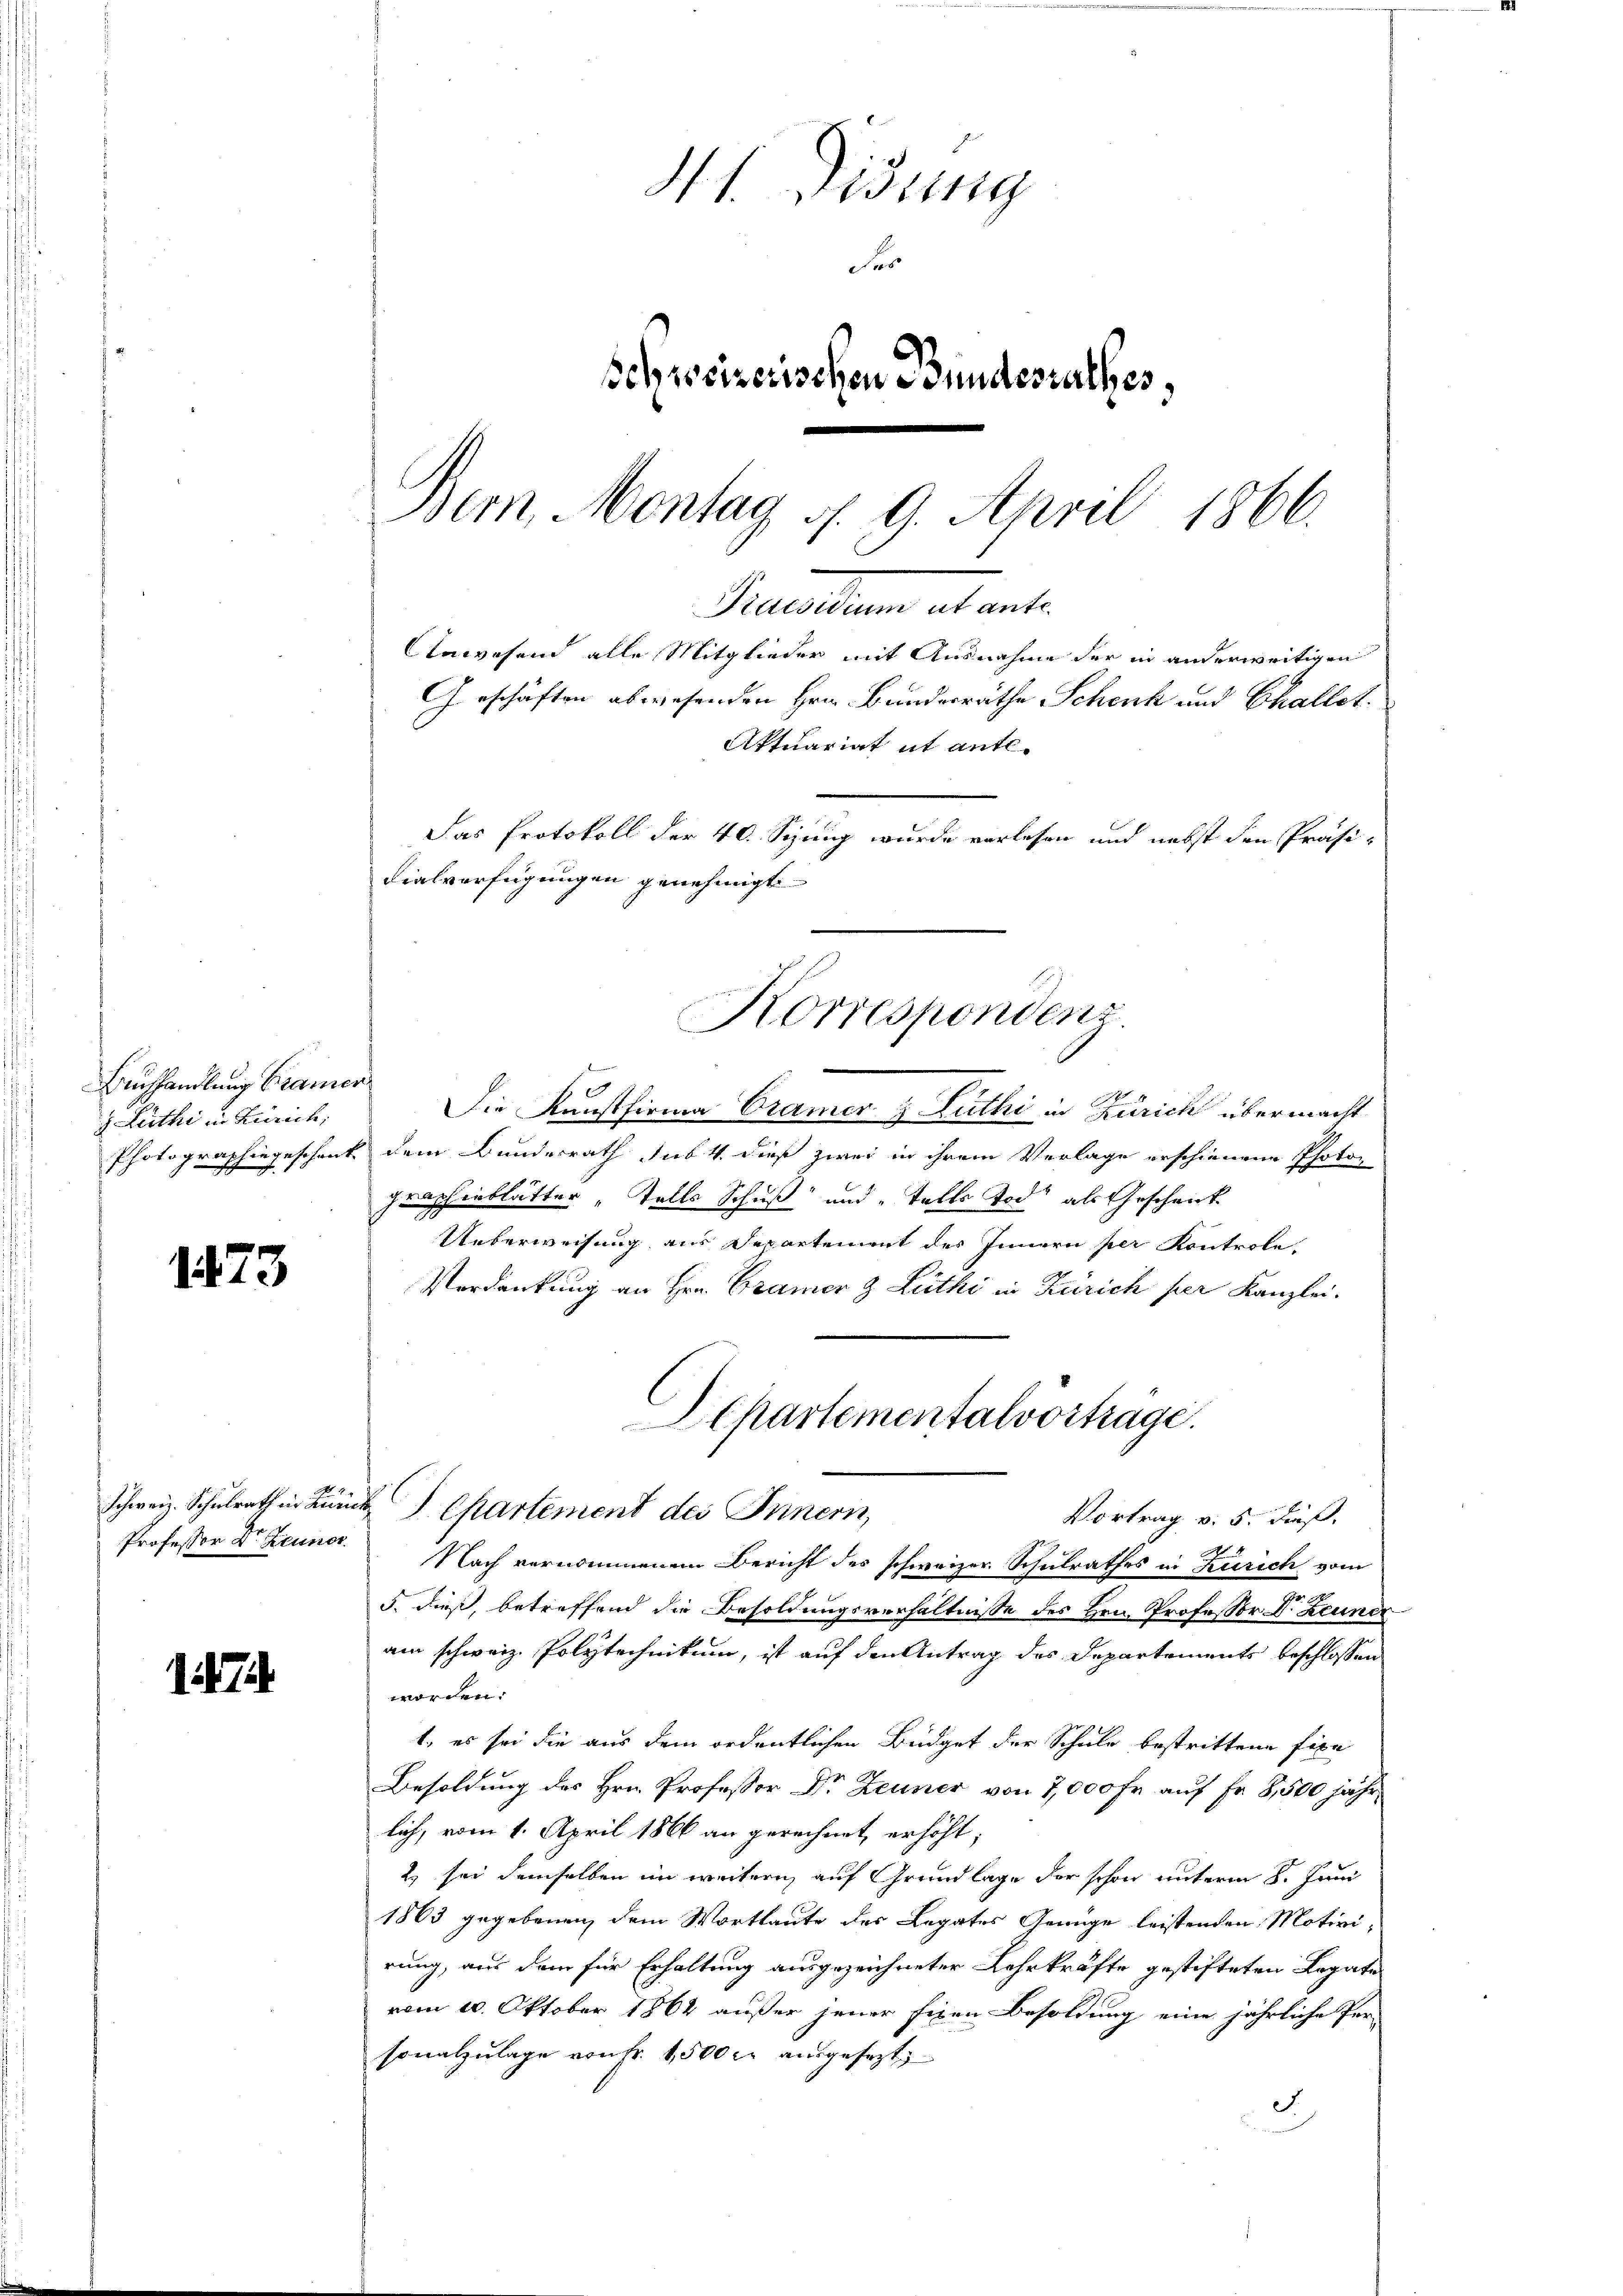
Buchhandlung Brann
 Luthe in Zürich,
Photographie geschent

1473

Schweiz. Schulrath in Ku
Professor Dr Zeuner

H. H. Visung
Fer
schweizerischen Bundesrathes,

col
.
Die Kunstfirma Cramer & Zuthi in Zürich übermacht
 dem Bundesrath sub. 4. dieß zwei in ihrem Verlage erschienene Photo-
graphenblätter „Falls Schuß und Talle Tod als Geschrick
Ueberweisung aus Departement des Innern per Kontrole,
Verdankung an Hrn. Gramer & Leethi in Zürich per Kanzlei.
Separtementalvortrage.
i J. Chartement des Innern,
Vortrag v. 5. dieß,
Nach vernommenen Bericht des schweizer Schulrathes in Kurich vom
5. dieß, betreffend die Besoldungsverhältnisse des Hrn. Professor Dr. Zeuner
am schweiz. Polytechnikum, ist auf den Antrag des Departements beschlossen
worden.
t, es sei die aus dem ordentlichen Büdget der Schule bestrittene Fixa
Besoldung des Hrn. Professor Dr Zeuner von 7,000 Fr. auf Fr. 8,500 jährlich, vom 1. April 1866 an gerechnet erhöht;
2) sei demselben im weitern auf Grundlage der schon unterm 8. Juni
1863 gegebenen dem Wortlaute des Legates Genüge leistenden Motivi-
rung, aus dem für Erhaltung ausgezeichneter Lehrkräfte gestifteten Legate
vom 20. Oktober 1864 außer jener fixen Besoldung eine jährliche Per-
sonalzulage von Fr. 1500 rl ausgesezt
S

Dem Montag d. 9. April 1866.
Geschäften abwesenden Hrn. Bundesräthe Schenk und Challet.
Aktuariat it ante-
Das Protokoll der 40. Seinig wurde verlesen und nebst den Präsidialverfügungen genehmigt
Korrespondenz

Recession actante.
Anwesend alle Mitglieder mit Ausnahme der in anderweitigen